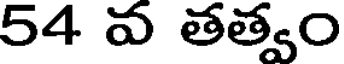
54 వ తత్వం